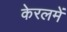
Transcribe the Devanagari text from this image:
केरलमें